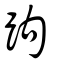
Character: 跔